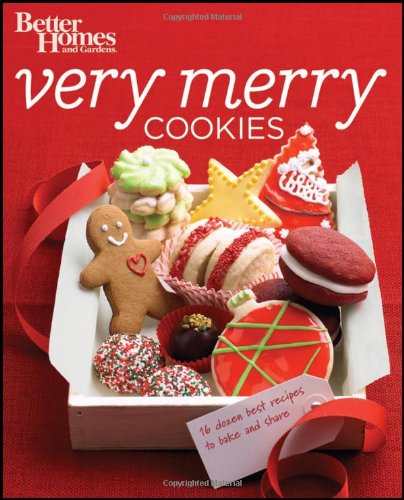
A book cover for Better Homes and Gardens Very Merry Cookies (Better Homes and Gardens Cooking); Better Homes and Gardens; Cookbooks, Food & Wine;